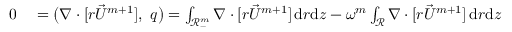
\begin{array} { r l } { 0 } & { { } = \big ( \nabla \cdot [ r \vec { U } ^ { m + 1 } ] , ~ q \big ) = \int _ { \mathscr { R } _ { - } ^ { m } } \nabla \cdot [ r \vec { U } ^ { m + 1 } ] \, \mathrm { d } r \mathrm { d } z - \omega ^ { m } \int _ { \mathscr { R } } \nabla \cdot [ r \vec { U } ^ { m + 1 } ] \, \mathrm { d } r \mathrm { d } z } \end{array}